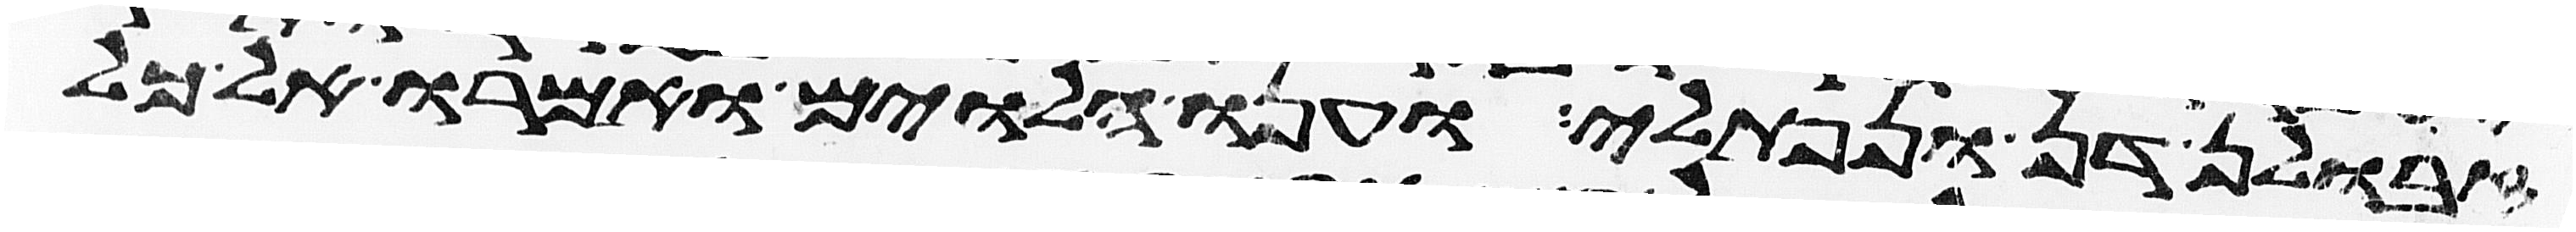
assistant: זבולן דן ונפתלי וענו הלוים ואמרו אל כל